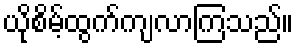
ယိုစိမ့်ထွက်ကျလာကြသည်။